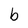
Character: b